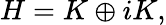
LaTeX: H=K\oplus iK,